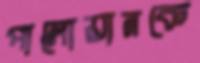
পালোয়ানকে